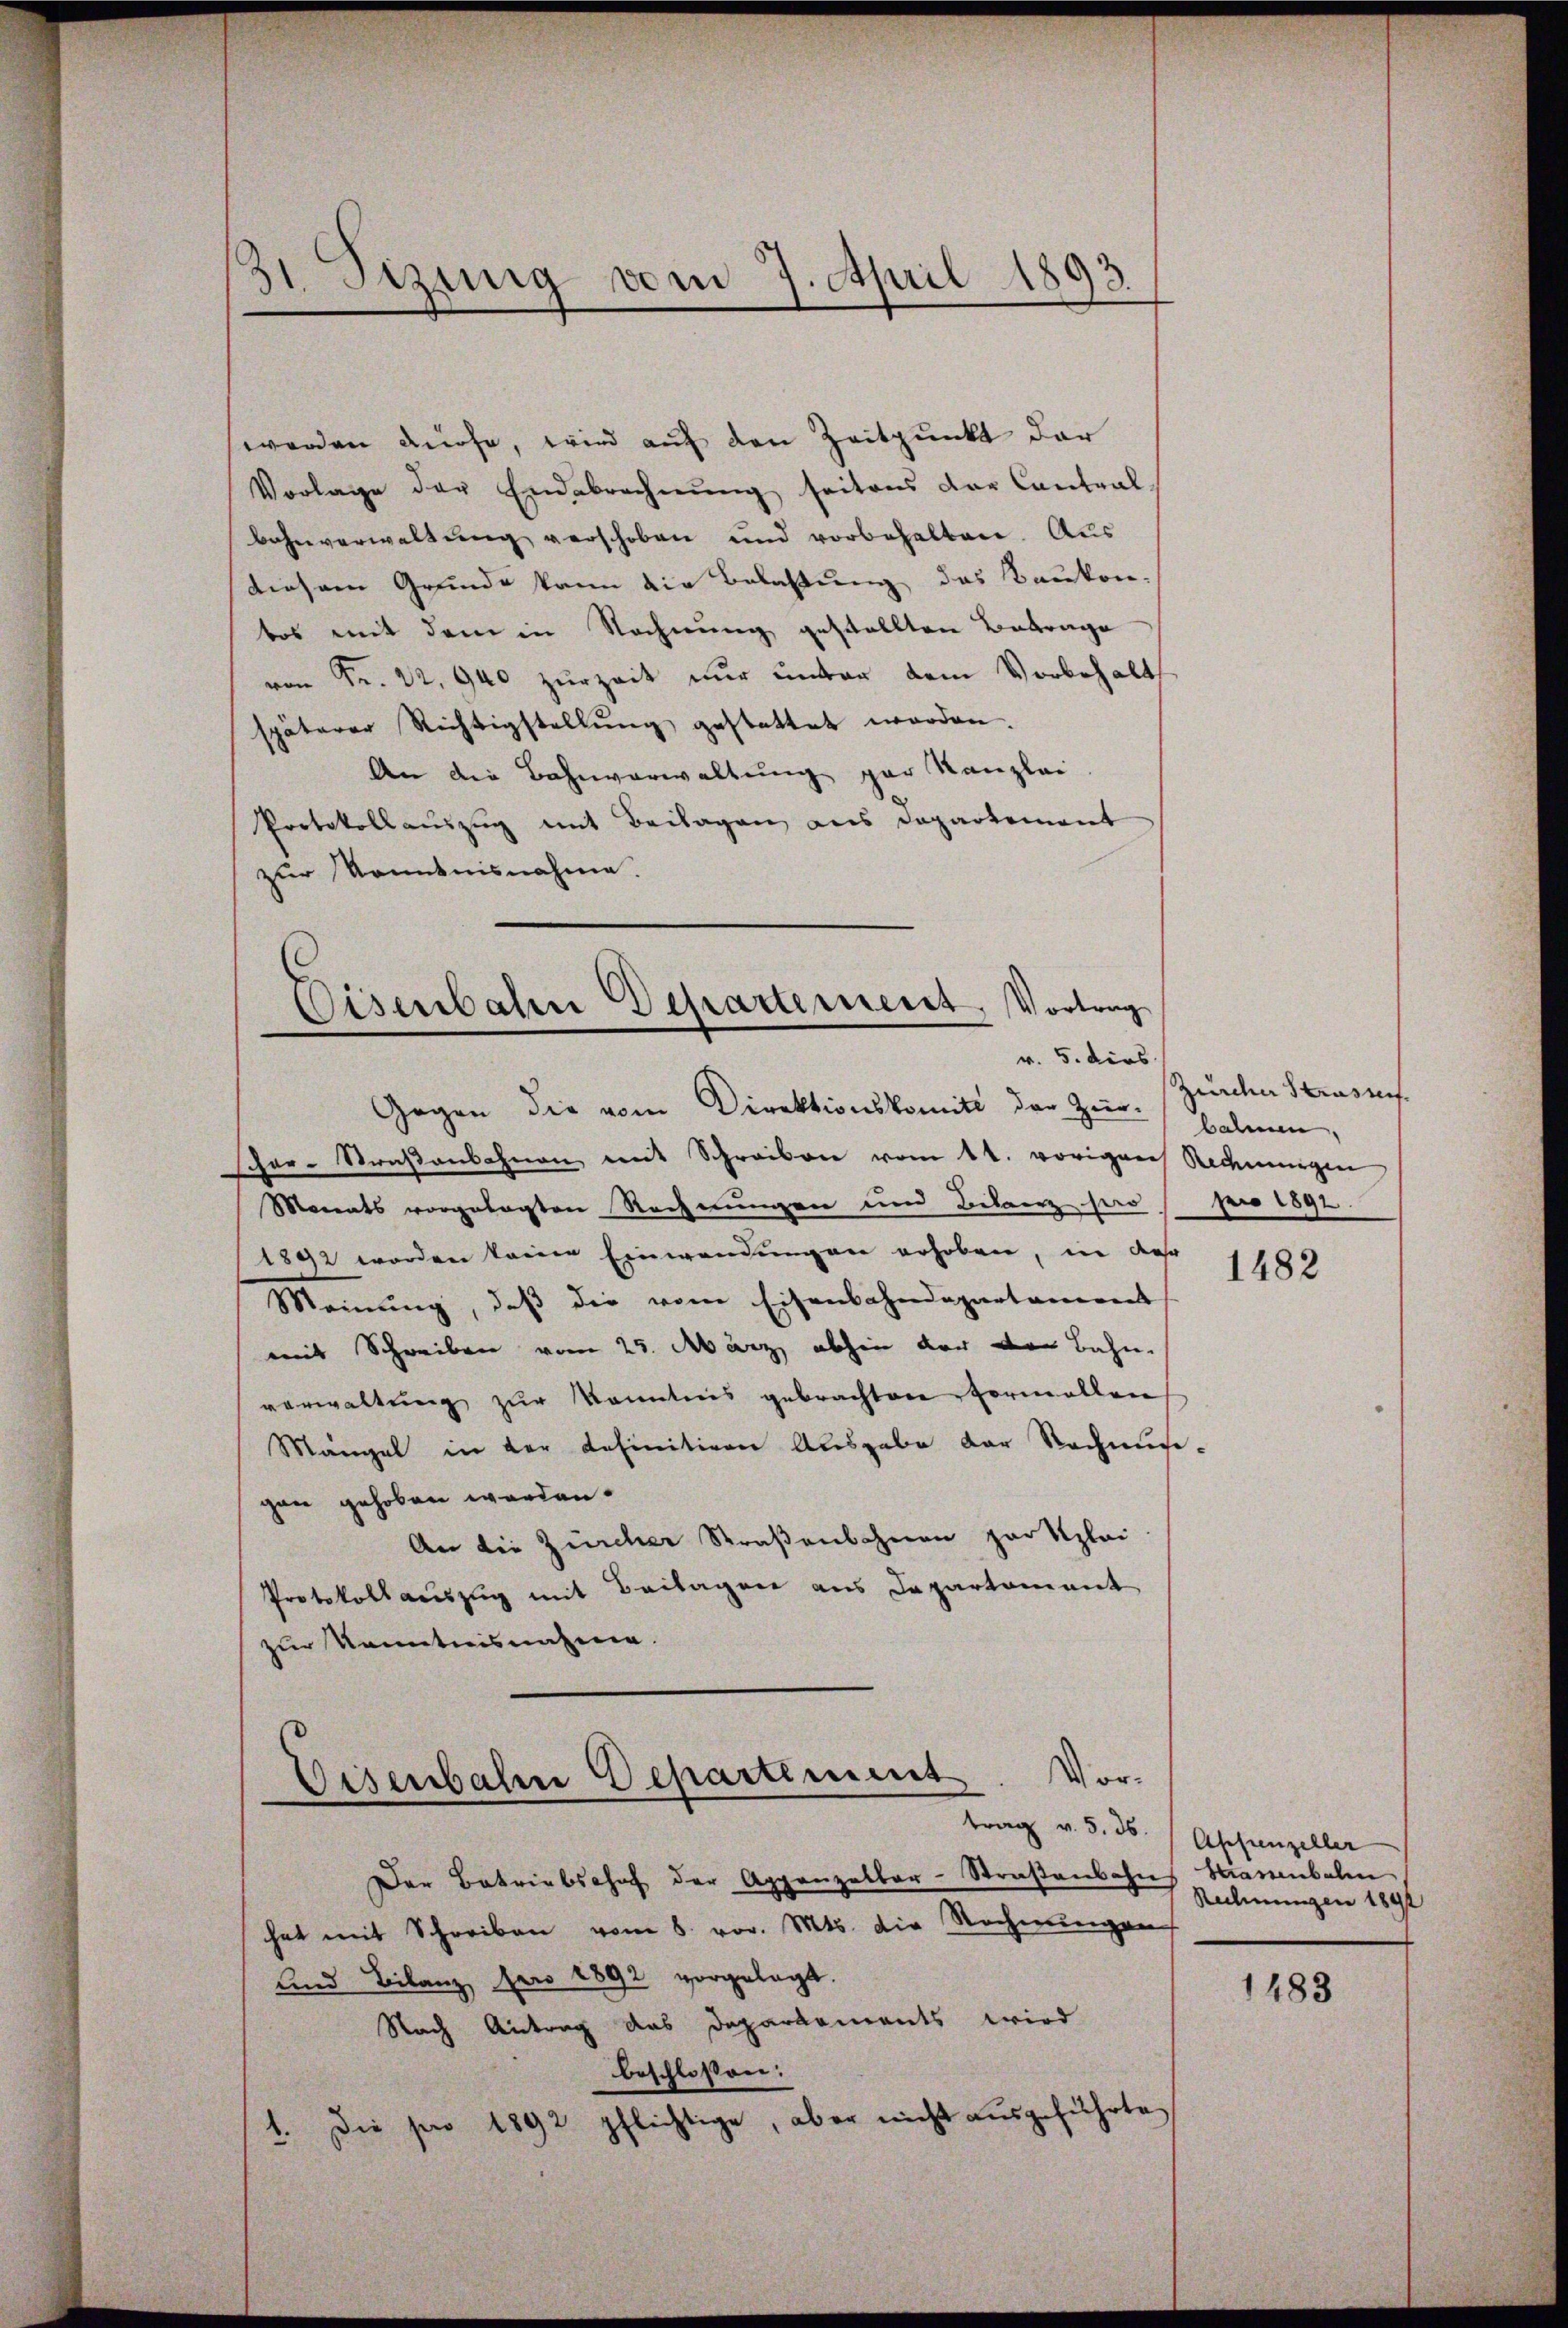
werden dürfe, wird auf den Zeitpunkt dar
Vorlage der Endebrechnung seitens der Contral
Bahnverwaltung verschoben und vorbehalten. Aus
diesem Grunde kann die Belastung des Baukon-
bos mit dem in Rechnung gestellten Betrage
von Fr. 22, 940 zur Zeit nur unter dem Vorbehalt
späterer Richtigstellung gestattet worden.
An die Bahnverwaltung par Kanzlei
Protokollauszug mit Beilagen aus Departement
zur Kenntnisnahme.

31 Sizinig vom 7. April 1893.

Eisenbahn Departement, Vortrag
v. 5. dies
Gegen die vom Direktionskomit der Zur-Fahnen,

scher-Straßenbahnen mit Schreiben vom 4t. vorigen Rechnungen
Monats vorgelegten Rechnungen und Bilanz sass per 1892
1892 worden keine Einwendungen erhoben, in der
Meinung, daß die vom Eisenbahndepartament
mit Schreiben vom 25. März abhin der der Bahne
verwaltung zur kanntens gebrachten Formellen
Mängel in der definitiven Ausgabe der Rechnug-
gan gehoben werden.
An die Zürcher Straßenbahnen zur Klei
Protokollauszug mit Beilagen aus Departement
zur Kenntnisnahme.
Vor.

Eisenbahre Departement
—
trag v. 5. 36. Appenzeller

Der Betriebschof der Appenzelbar-Straßenbahns Strassenbalm,
hat mit Schreiben vom 8. vor. Mts. die Rechnungen
und Bilanz pro 1892 vorgelegt.
Nach Antrag das Depararments wird
beschlossen:
1. Die pro 1892 pflichtige, aber nicht ausgeführte,

Zürcher Strasses.

1482

Rechnungen 1892

1483